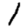
Digit: 1